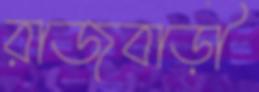
রাজবাড়ী